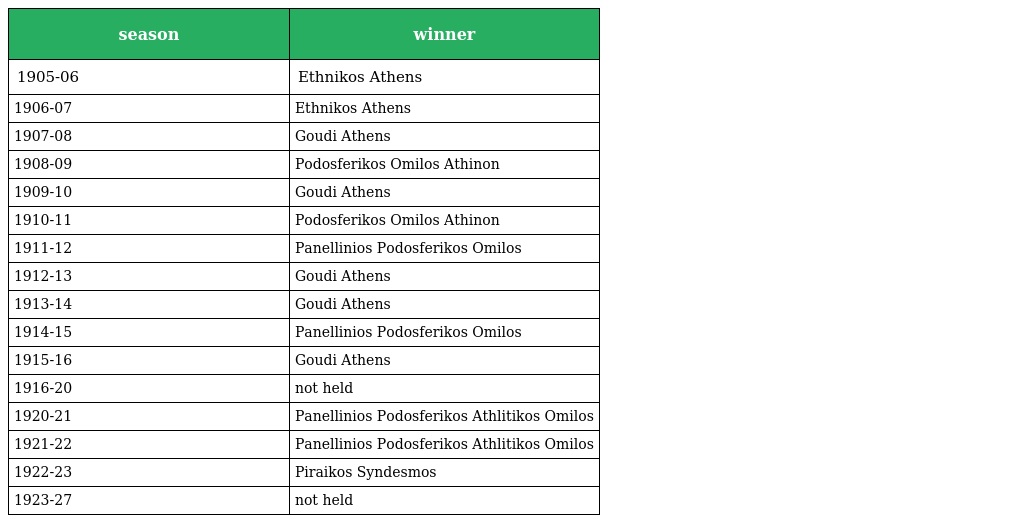
| season | winner |
 | --- | --- |
 | 1905-06 | Ethnikos Athens |
 | 1906-07 | Ethnikos Athens |
 | 1907-08 | Goudi Athens |
 | 1908-09 | Podosferikos Omilos Athinon |
 | 1909-10 | Goudi Athens |
 | 1910-11 | Podosferikos Omilos Athinon |
 | 1911-12 | Panellinios Podosferikos Omilos |
 | 1912-13 | Goudi Athens |
 | 1913-14 | Goudi Athens |
 | 1914-15 | Panellinios Podosferikos Omilos |
 | 1915-16 | Goudi Athens |
 | 1916-20 | not held |
 | 1920-21 | Panellinios Podosferikos Athlitikos Omilos |
 | 1921-22 | Panellinios Podosferikos Athlitikos Omilos |
 | 1922-23 | Piraikos Syndesmos |
 | 1923-27 | not held |